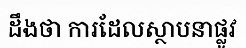
ដឹងថា ការដែលស្ថាបនាផ្លូវ